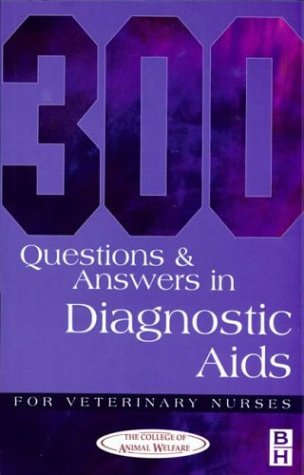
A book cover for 300 Questions and Answers in Diagnostic Aids for Veterinary Nurses, 6e; CAW; Medical Books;